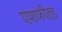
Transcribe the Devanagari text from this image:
एशफील्ड